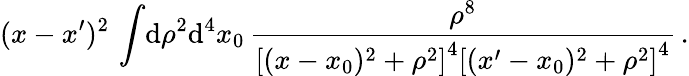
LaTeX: (x-x^{\prime})^{2}\, \int\! \mathrm{d}\rho^{2}\mathrm{d}^{4}x_{0}\, \frac{\rho^{8}}{\left[(x-x_{0})^{2}+\rho^{2}\right]^{4}\left[(x^{\prime}-x_{0})^{2}+\rho^{2}\right]^{4}}\, .